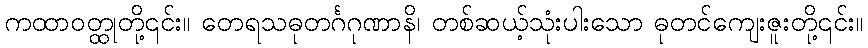
ကထာဝတ္ထုတို့၎င်း။ တေရသဓုတင်္ဂဂုဏာနိ၊ တစ်ဆယ့်သုံးပါးသော ဓုတင်ကျေးဇူးတို့၎င်း။